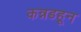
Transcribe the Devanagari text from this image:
कन्नडहून